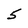
Character: 5